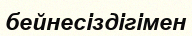
бейнесіздігімен